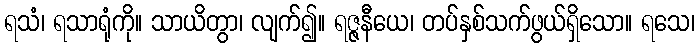
ရသံ၊ ရသာရုံကို။ သာယိတွာ၊ လျက်၍။ ရဇ္ဇနီယေ၊ တပ်နှစ်သက်ဖွယ်ရှိသော။ ရသေ၊